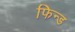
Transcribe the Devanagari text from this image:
फिन्ड